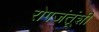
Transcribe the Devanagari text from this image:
रोगजंतूंशी